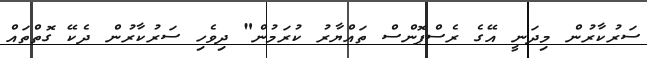
ސަރުކާރުން މިދަނީ އޭގެ ރެސްޕޮންސް ތައްޔާރު ކުރަމުން" ދިވެހި ސަރުކާރުން ދެކޭ ގޮތްތައް